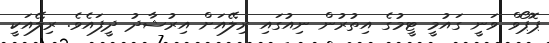
ޕޮޕޯވް ވަނީ ގައުމީ ޓީމުގެ އިތުރުން ނިއުގައި ރިލޭއަށް އިރުޝާދު ދީފައެވެ. ރިލޭއަކީ